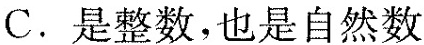
C. 是整数，也是自然数